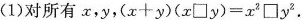
(1)对所有x，y，$$(x+y)(x\square y)=x^{2}\square y^{2}。$$